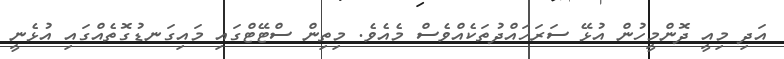
އަދި މިއީ ދޮންމީހުން އުޅޭ ސަރަހައްދުތަކެއްވެސް މެއެވެ. މިތިން ސްޓޭޓްގައި މައިގަނޑުގޮތެއްގައި އުޅެނީ